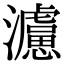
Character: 𤄦